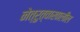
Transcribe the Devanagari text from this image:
नेत्रुत्वाखालील